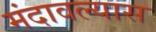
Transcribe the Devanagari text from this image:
मंदावल्यास